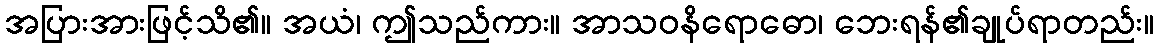
အပြားအားဖြင့်သိ၏။ အယံ၊ ဤသည်ကား။ အာသဝနိရောဓော၊ ဘေးရန်၏ချုပ်ရာတည်း။